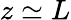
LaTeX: z\simeq L